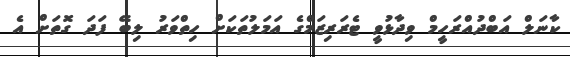
ކާނަލް އަބްދުއްރަހީމް ވިދާޅުވީ ޓެރަރިޒަމްގެ އަމަލުތަކަށް ހިތްވަރު ލިބޭ ފަދަ ގޮތަށް އެ